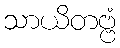
သာယိတဗ္ဗံ